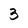
Character: 3